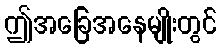
ဤအခြေအနေမျိုးတွင်